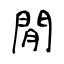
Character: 閒